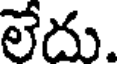
లేదు.